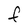
Character: F